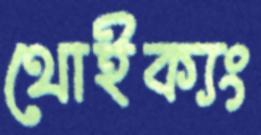
থোইক্যং